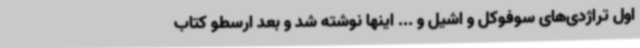
اول تراژدی‌های سوفوکل و اشیل و ... اینها نوشته شد و بعد ارسطو کتاب